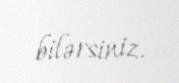
bilərsiniz.